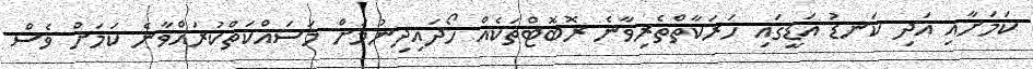
ކަމަށާއި އަދި ކަނޑު އަޑީގައި ހަރަކާތްތެރިވާނެ ރޮބޮޓްތަކެއް ހޯދައިދިނުމަށް މަސައްކަތްކުރައްވާނެ ކަމަށް ވެސް